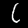
Label: 6